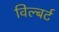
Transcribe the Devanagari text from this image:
विल्बर्ट